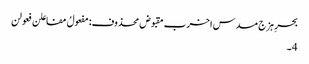
بحرِ ہزج مسدس اخرب مقبوض محذوف:مفعولُ مفاعلن فعولن
4۔